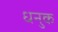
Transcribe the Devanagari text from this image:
धनुक